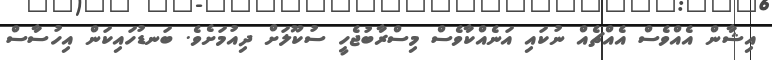
އިޝާން އެއްވެސް އެއްޗެއް ނުކައި އަނެއްކާވެސް މިސްރާބުޖެހީ ސުކޫލަށް ދިއުމަށެވެ. ބަނޑުހައިކަން އިހުސާސް